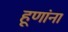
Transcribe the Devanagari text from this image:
हूणांना